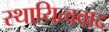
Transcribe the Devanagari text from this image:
स्थायित्ववाद